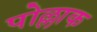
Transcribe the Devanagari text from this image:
पोल्लाक